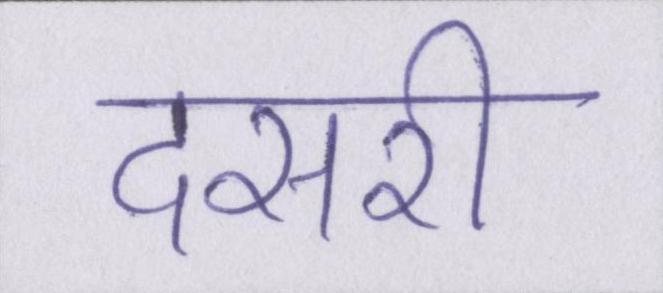
दसरी